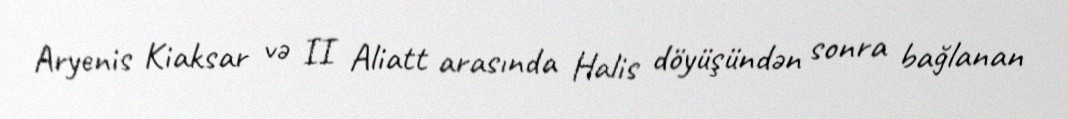
Aryenis Kiaksar və II Aliatt arasında Halis döyüşündən sonra bağlanan